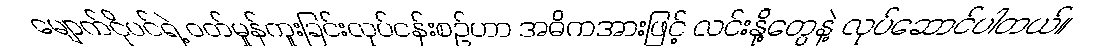
မျောက်ငိုပင်ရဲ့ ဝတ်မှုန်ကူးခြင်းလုပ်ငန်းစဉ်ဟာ အဓိကအားဖြင့် လင်းနို့တွေနဲ့ လုပ်ဆောင်ပါတယ်။